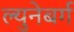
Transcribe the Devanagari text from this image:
ल्युनेबर्ग